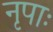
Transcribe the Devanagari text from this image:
नृपाः